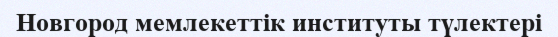
Новгород мемлекеттік институты түлектері